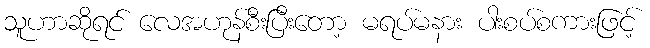
သူဟာဆိုရင် လေအဟုန်စီးပြီးတော့ မရပ်မနား ပါးစပ်စကားဖြင့်